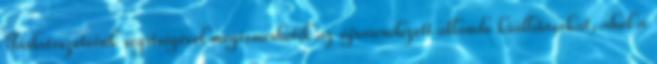
Tárlatvezetőink segítségével megismerhetik az újrarendezett állandó kiállításokat, ahol a